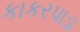
કાકરપાડા